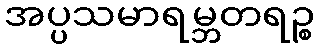
အပ္ပသမာရမ္ဘတရဉ္စ